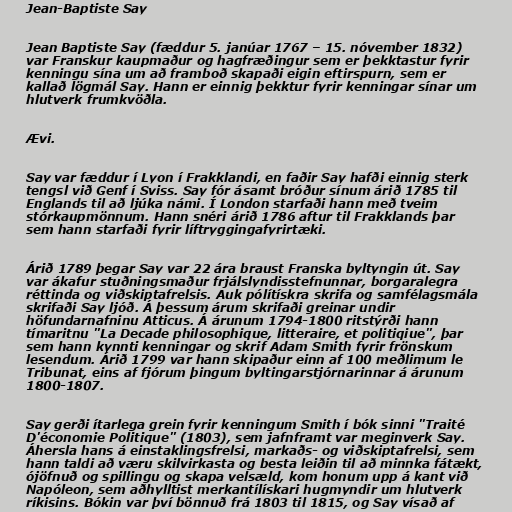
Jean-Baptiste Say

Jean Baptiste Say (fæddur 5. janúar 1767 – 15. nóvember 1832)
var Franskur kaupmaður og hagfræðingur sem er þekktastur fyrir
kenningu sína um að framboð skapaði eigin eftirspurn, sem er
kallað lögmál Say. Hann er einnig þekktur fyrir kenningar sínar um
hlutverk frumkvöðla.

Ævi.

Say var fæddur í Lyon í Frakklandi, en faðir Say hafði einnig sterk
tengsl við Genf í Sviss. Say fór ásamt bróður sínum árið 1785 til
Englands til að ljúka námi. Í London starfaði hann með tveim
stórkaupmönnum. Hann snéri árið 1786 aftur til Frakklands þar
sem hann starfaði fyrir líftryggingafyrirtæki.

Árið 1789 þegar Say var 22 ára braust Franska byltyngin út. Say
var ákafur stuðningsmaður frjálslyndisstefnunnar, borgaralegra
réttinda og viðskiptafrelsis. Auk pólítískra skrifa og samfélagsmála
skrifaði Say ljóð. Á þessum árum skrifaði greinar undir
höfundarnafninu Atticus. Á árunum 1794-1800 ritstýrði hann
tímaritnu "La Decade philosophique, litteraire, et politiqiue", þar
sem hann kynnti kenningar og skrif Adam Smith fyrir frönskum
lesendum. Árið 1799 var hann skipaður einn af 100 meðlimum le
Tribunat, eins af fjórum þingum byltingarstjórnarinnar á árunum
1800-1807.

Say gerði ítarlega grein fyrir kenningum Smith í bók sinni "Traité
D'économie Politique" (1803), sem jafnframt var meginverk Say.
Áhersla hans á einstaklingsfrelsi, markaðs- og viðskiptafrelsi, sem
hann taldi að væru skilvirkasta og besta leiðin til að minnka fátækt,
ójöfnuð og spillingu og skapa velsæld, kom honum upp á kant við
Napóleon, sem aðhylltist merkantílískari hugmyndir um hlutverk
ríkisins. Bókin var því bönnuð frá 1803 til 1815, og Say vísað af